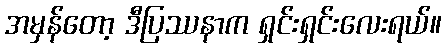
အမှန်တော့ ဒီပြဿနာက ရှင်းရှင်းလေးရယ်။